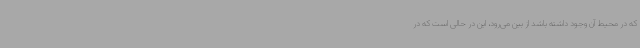
که در محیط آن وجود داشته باشد از بین می‌رود، این در حالی است که در